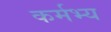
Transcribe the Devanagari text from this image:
कर्मभ्य